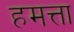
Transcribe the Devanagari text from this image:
हमत्ता